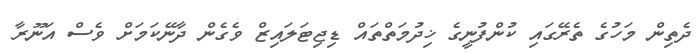
ދެތިން މަހުގެ ތެރޭގައި ކުންފުނީގެ ޚިދުމަތްތައް ޑިޖިޓަލައިޒް ވެގެން ދާނޭކަމަށް ވެސް އަނޫރާ